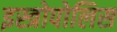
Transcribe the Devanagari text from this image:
इस्त्रोपोलिस